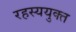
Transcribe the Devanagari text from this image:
रहस्ययुक्त